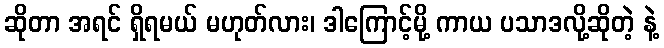
ဆိုတာ အရင် ရှိရမယ် မဟုတ်လား၊ ဒါကြောင့်မို့ ကာယ ပသာဒလို့ဆိုတဲ့ နဲ့